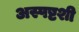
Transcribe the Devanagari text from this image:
अस्पष्टशी